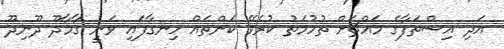
އަދި އިސްތަފާގެ މައްޗަށް ތުހުމަތު ކުރެވޭ ކަންތައް ހިނގާފައި ވަނީ ގާމާދޫ ދޫނިދޫ